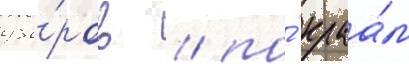
узо́ров / по́ краа́м